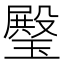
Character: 𤩱